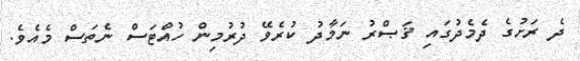
ދެ ރަށުގެ ދެމެދުގައި ޤަޞްރު ނަމާދު ކުރެވޭ ދުރުމިން ހުއްޓަސް ނެތަސް މެއެވެ.